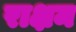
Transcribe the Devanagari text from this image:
राक्षम